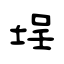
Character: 埕